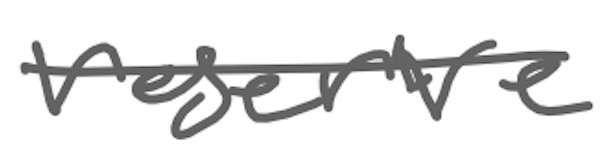
Text: reserve
Cross-out: single-line
Writing tool: digital_gray